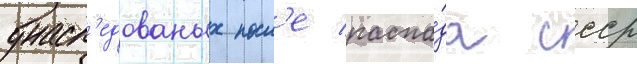
унасл'едованых посл'е распа́да ссср